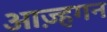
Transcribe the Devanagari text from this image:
आज़्हगन